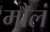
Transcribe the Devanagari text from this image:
मौलं